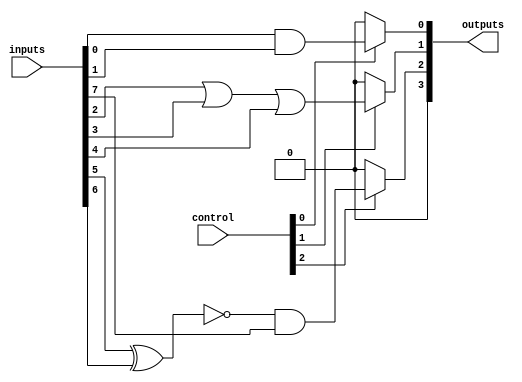
module adjacency_groups (
    input wire [7:0] inputs,       // 8-bit input signals
    input wire [2:0] control,      // Control signals for enabling groups
    output wire [3:0] outputs       // 4-bit output signals
);

// Grouping based on adjacency
// Group 1: inputs 0 and 1
wire group1_out;                 // Output for Group 1
assign group1_out = control[0] ? (inputs[0] & inputs[1]) : 1'b0;  // AND operation if enabled

// Group 2: inputs 2, 3, and 4
wire group2_out;                 // Output for Group 2
assign group2_out = control[1] ? (inputs[2] | inputs[3] | inputs[4]) : 1'b0;  // OR operation if enabled

// Group 3: inputs 5, 6, and 7
wire group3_out;                 // Output for Group 3
assign group3_out = control[2] ? (~(inputs[5] ^ inputs[6]) & inputs[7]) : 1'b0;  // Custom logic if enabled

// Combine outputs from each group
assign outputs = {group3_out, group2_out, group1_out};

endmodule